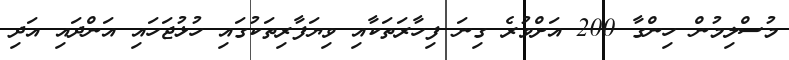
މުސްލިމުން ހިންގާ 200 އަށްވުރެ ގިނަ ފިހާރަތަކާއި ވިޔަފާރިތަކުގައި ހުޅުޖަހައި އަންދައި އަދި